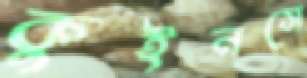
কুইনসে